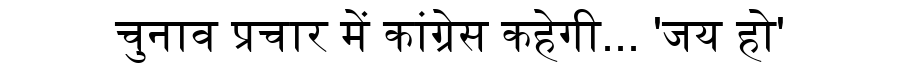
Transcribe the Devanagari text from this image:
चुनाव प्रचार में कांग्रेस कहेगी... 'जय हो'